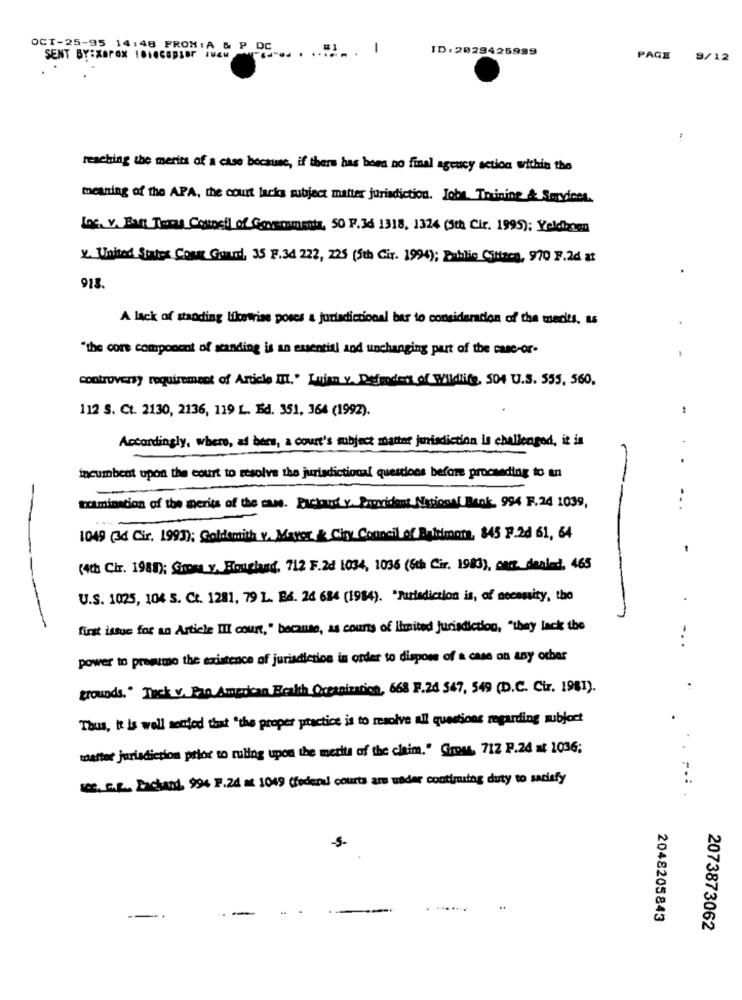
OCT-25-95 14:48 FROM: A & P DC
-
ID: 2029425999
SENT BY:XBOX 10HACEBIB İWE
PAGE 9/12
reaching the merits of a case because, if there has hees no final agency action within the
meaning of the APA, the court lack subject matter jurisdiction. Jobs. Truinine & Services.
Log. V. Ea Towel Council of Scoresmenta, 50 F.34 1318, 1324 (5th Cir. 1995); Yeldos
V. United States Coast Guard, 35 F.34 222, 225 (5th Cit. 1994); Public Citizen, 970 F.2d as
918.
A lack of standing likewise poses a jurisdiccional bar to consideration of the merits, as
.
"the core component of standing is an essential and unchanging part of the case-or-
controversy requirement of Article III .. Lujan v. Defenders of Wildlife, 504 U.S. 555, 560.
112 S. Ct. 2130, 2136, 119 L. Ed. 351, 364 (1992).
Accordingly, where, ad bers, a court's subject matter jurisdiction Is challenged, it is
incumbent upon the court to resolve the jurisdictional questions before proceeding to an
-
nomination of the merits of the case. Pastand v. Papridont National Book, 994 F.24 1099,
...
1049 (34 Cir. 1993); Goldsmith v. Mayor & City Council of Baltimora, 845 F.2d 61, 64
(4th Cir. 1988); Groma y. Houchad, 712 F.2d 1034, 1036 (6th Cir. 1983), car. denied, 465
U.S. 1025, 104 S. Ct. 1281, 79 L. B&. 26 684 (1984). "Jurisdiction is, of necessity, the
first issue for an Article III court, " because, as counts of limited Jurisdiction, "they lack the
-..
power to presumo the existence of jurisdiction in order to dispose of a case on any other
grounds." Tack v. Pro. American Health Organization, 668 F.24 547, 549 (D.C. Cir. 1981).
Thus, it is well sentfed that "the proper practice is to resolve all questions regarding subject
walter jurisdiction prior to ruling upon the merits of the claim." Grou, 712 P.24 at 1036;
IC. G.L ., Backand, 994 P.24 at 1049 (fedend courts am wader continuing duty to satisfy
-5-
-
2048205843
2073873062